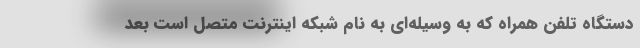
دستگاه تلفن همراه که به وسیله‌ای به نام شبکه اینترنت متصل است بعد